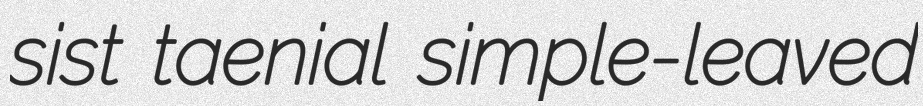
sist taenial simple-leaved